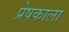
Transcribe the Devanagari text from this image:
प्रेषकाला